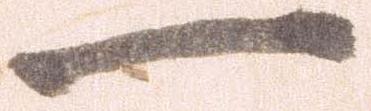
一